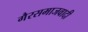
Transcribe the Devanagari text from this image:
गैरसमाजवादी